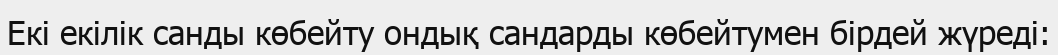
Екi екiлiк санды көбейту ондық сандарды көбейтумен бiрдей жүредi: